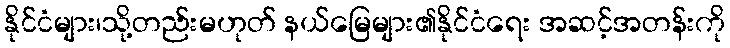
နိုင်ငံများ၊သို့တည်းမဟုတ် နယ်မြေများ၏နိုင်ငံရေး အဆင့်အတန်းကို